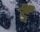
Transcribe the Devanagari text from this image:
र्डें